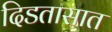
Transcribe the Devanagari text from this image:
दिडतासात